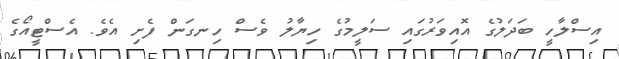
އިސްލާހީ ބަދަލުގެ އޮއިވަރުގައި ސަލީމުގެ ހިޔާލު ވެސް ހިނގަން ފެށި އެވެ. އެސްޓީއޯގެ